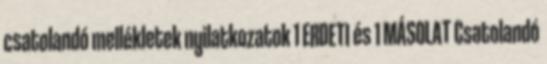
csatolandó mellékletek nyilatkozatok 1 ERDETI és 1 MÁSOLAT Csatolandó